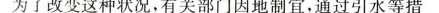
为了改变这种状况，有关部门因地制宜，通过引水等措